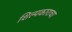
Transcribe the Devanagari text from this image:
शिल्पकाराचा